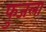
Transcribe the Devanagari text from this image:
फुजला